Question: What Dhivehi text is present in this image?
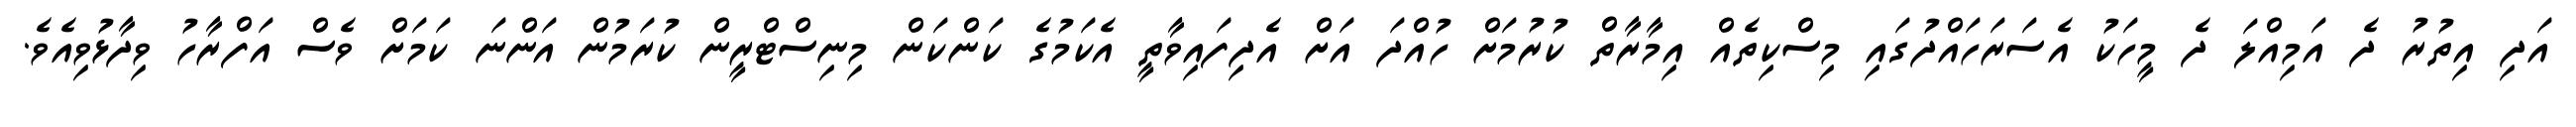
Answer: އަދި އިތުރު ދެ އަމިއްލަ ދެ މީހަކު އެސަރަހައްދުގައި މިސްކިތެއް އިމާރާތް ކުރުމަށް ހުއްދަ އަށް އެދިފައިވާތީ އެކަމުގެ ކަންކަން މިނިސްޓްރީން ކުރަމުން އަންނަ ކަމަށް ވެސް އަފްރާހު ވިދާޅުވިއެވެ.